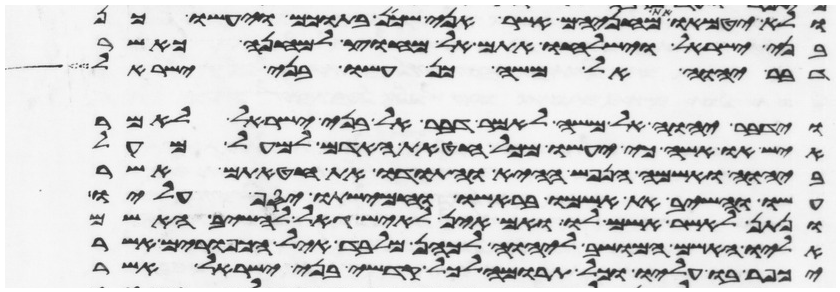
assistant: ולא יטמאו את מחניהם אשר אני שכן בתוכם ויעשו כן
בני ישראל וישלחו אתם אל מחוץ למחנה כאשר
דבר יהוה אל משה כן עשו בני ישראל
וידבר יהוה אל משה לאמר דבר אל בני ישראל לאמר
איש או אשה כי יעשו מכל חטאת האדם למעל מעל
ביהוה ואשמה הנפש ההיא והתודו את חטאתם אשר
עשו והשיב את אשמו בראשו וחמישתו יסף עליו
ונתן לאשר אשם לו ואם אין לאיש גאל להשיב האשם
אליו האשם המושב ליהוה לכהן מלבד איל הכפורים אשר
יכפר בו עליו וכל תרומה לכל קדשי בני ישראל אשר